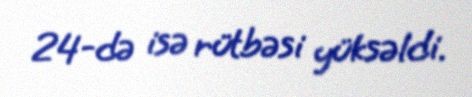
24-də isə rütbəsi yüksəldi.